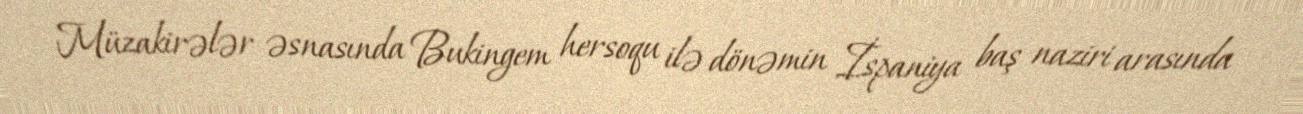
Müzakirələr əsnasında Bukingem hersoqu ilə dönəmin İspaniya baş naziri arasında